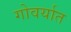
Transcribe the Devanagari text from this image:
गोवर्यात